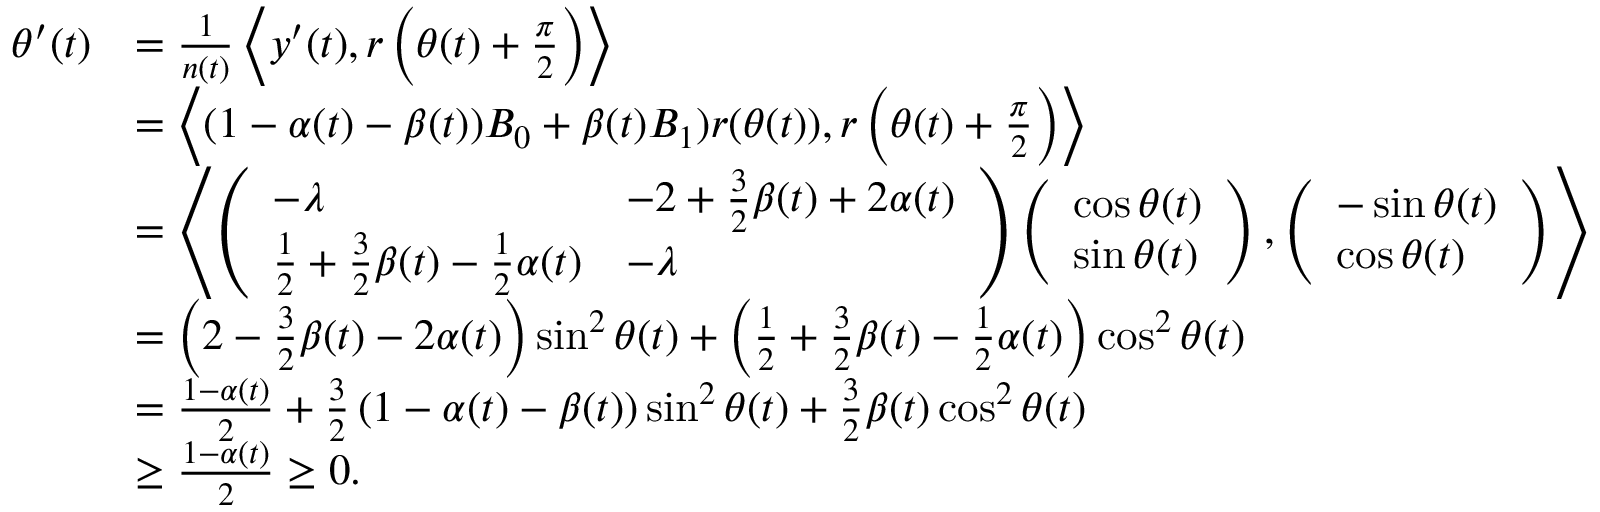
\begin{array} { r l } { \theta ^ { \prime } ( t ) } & { = \frac { 1 } { n ( t ) } \left\langle y ^ { \prime } ( t ) , r \left( \theta ( t ) + \frac { \pi } { 2 } \right) \right\rangle } \\ & { = \left\langle ( 1 - \alpha ( t ) - \beta ( t ) ) B _ { 0 } + \beta ( t ) B _ { 1 } ) r ( \theta ( t ) ) , r \left( \theta ( t ) + \frac { \pi } { 2 } \right) \right\rangle } \\ & { = \left\langle \left( \begin{array} { l l } { - \lambda } & { - 2 + \frac { 3 } { 2 } \beta ( t ) + 2 \alpha ( t ) } \\ { \frac { 1 } { 2 } + \frac { 3 } { 2 } \beta ( t ) - \frac { 1 } { 2 } \alpha ( t ) } & { - \lambda } \end{array} \right) \left( \begin{array} { l } { \cos \theta ( t ) } \\ { \sin \theta ( t ) } \end{array} \right) , \left( \begin{array} { l } { - \sin \theta ( t ) } \\ { \cos \theta ( t ) } \end{array} \right) \right\rangle } \\ & { = \left( 2 - \frac { 3 } { 2 } \beta ( t ) - 2 \alpha ( t ) \right) \sin ^ { 2 } \theta ( t ) + \left( \frac { 1 } { 2 } + \frac { 3 } { 2 } \beta ( t ) - \frac { 1 } { 2 } \alpha ( t ) \right) \cos ^ { 2 } \theta ( t ) } \\ & { = \frac { 1 - \alpha ( t ) } { 2 } + \frac { 3 } { 2 } \left( 1 - \alpha ( t ) - \beta ( t ) \right) \sin ^ { 2 } \theta ( t ) + \frac { 3 } { 2 } \beta ( t ) \cos ^ { 2 } \theta ( t ) } \\ & { \geq \frac { 1 - \alpha ( t ) } { 2 } \geq 0 . } \end{array}